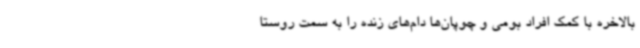
بالاخره با کمک افراد بومی و چوپان‌ها دام‌های زنده را به سمت روستا